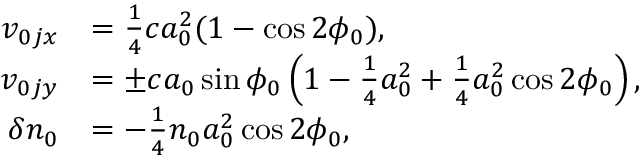
\begin{array} { r l } { v _ { 0 j x } } & { = \frac { 1 } { 4 } c a _ { 0 } ^ { 2 } ( 1 - \cos 2 \phi _ { 0 } ) , } \\ { v _ { 0 j y } } & { = \pm c a _ { 0 } \sin \phi _ { 0 } \left( 1 - \frac { 1 } { 4 } a _ { 0 } ^ { 2 } + \frac { 1 } { 4 } a _ { 0 } ^ { 2 } \cos 2 \phi _ { 0 } \right) , } \\ { \delta n _ { 0 } } & { = - \frac { 1 } { 4 } n _ { 0 } a _ { 0 } ^ { 2 } \cos 2 \phi _ { 0 } , } \end{array}